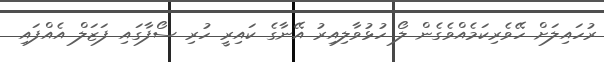
ރުހައިލަށް ހޭވެރިކަމެއްވެގެން ލޯ ހުޅުވާލިއިރު އޭނާގެ ކައިރީ ހުރި ސޯފާގައި ފަޒަލް އެއްފައި